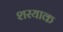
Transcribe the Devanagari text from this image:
शरयाक